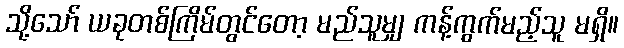
သို့သော် ယခုတစ်ကြိမ်တွင်တော့ မည်သူမျှ ကန့်ကွက်မည့်သူ မရှိ။